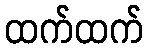
ထက်ထက်